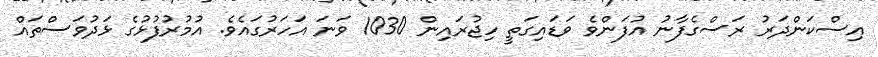
އިސްކަންދަރު ރަސްގެފާނު އުފަންވެ ވަޑައިގަތީ ހިޖުރައިން 1030 ވަނަ އަހަރުގައެވެ. އުމުރުފުޅުގެ ޅަދުވަސްތައް